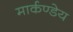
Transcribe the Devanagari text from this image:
मार्कण्‍डेय